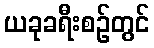
ယခုခရီးစဉ်တွင်